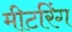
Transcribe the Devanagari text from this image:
मीटरिंग